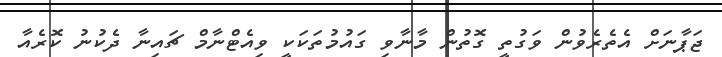
ޖަޕާނަށް އެތެރެވުން ވަގުތީ ގޮތުން މާނާވި ގައުމުތަކަކީ ވިއެޓްނާމް ޗައިނާ ދެކުނު ކޮރެއާ